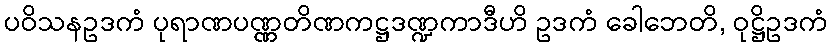
ပဝိသနဥဒကံ ပုရာဏပဏ္ဏတိဏကဋ္ဌဒဏ္ဍကာဒီဟိ ဥဒကံ ခေါဘေတိ, ဝုဋ္ဌိဥဒကံ